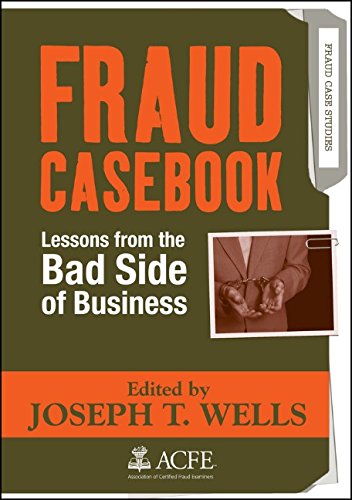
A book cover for Fraud Casebook: Lessons from the Bad Side of Business; Joseph T. Wells; Business & Money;